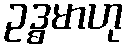
ဥဒ္ဓမာဟု